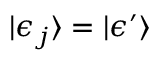
| \epsilon _ { j } \rangle = | \epsilon ^ { \prime } \rangle